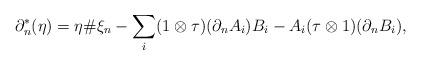
LaTeX: \begin{align*}\partial_n^*(\eta) = \eta\# \xi_n - \sum_i (1\otimes\tau)(\partial_n A_i) B_i - A_i(\tau\otimes 1)(\partial_n B_i),\end{align*}